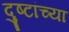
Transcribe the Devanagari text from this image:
दुष्टांच्या